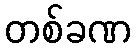
တစ်ခဏ